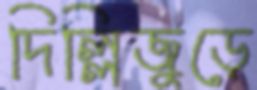
দিল্লিজুড়ে